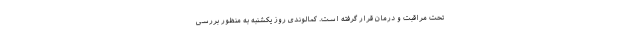
تحت مراقبت و درمان قرار گرفته است. کمالوندی روز یکشنبه به منظور بررسی